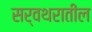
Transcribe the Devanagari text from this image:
सर्वथरातील